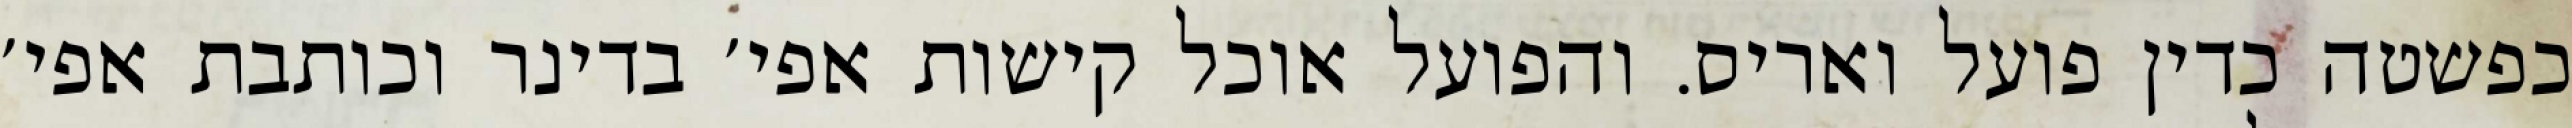
כפשטה כדין פועל ואריס. והפועל אוכל קישות אפי׳ בדינר וכותבת אפי׳